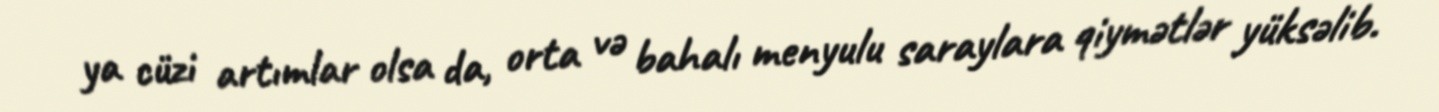
ya cüzi artımlar olsa da, orta və bahalı menyulu saraylara qiymətlər yüksəlib.